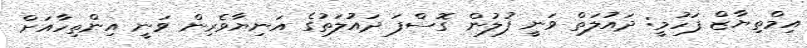
އިމްތިޔާޒް ފަހުމީ: ދައުލަތް ވަނީ ފުލުން ގޮސްފަ ދައުލަތުގެ އަނިޔާވެރިން ވަނީ އިންތިހާއަށް